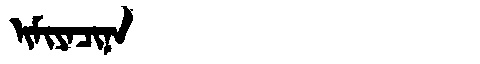
Manchu: ᡳᠮᡳᠶᠠᠴᡳᠨᠠ
Romanization: IMIYACINA